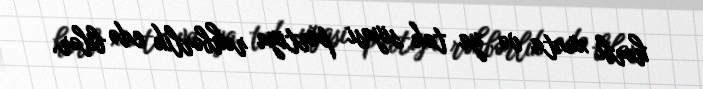
hərbi xunta və ya tək siyasi partiya rəhbərlik edə bilər.